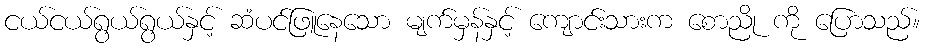
ငယ်ငယ်ရွယ်ရွယ်နှင့် ဆံပင်ဖြူနေသော မျက်မှန်နှင့် ကျောင်းသားက စောညို ကို ပြောသည်။